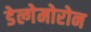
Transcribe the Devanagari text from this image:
डेल्गेमोरोन